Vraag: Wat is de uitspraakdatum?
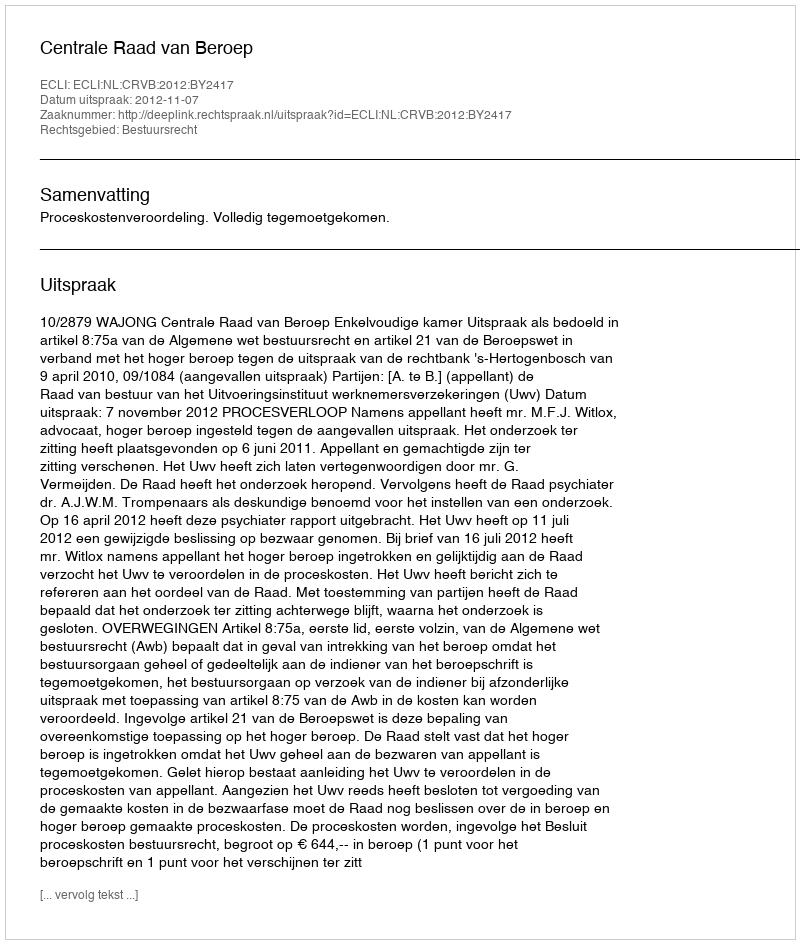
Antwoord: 2012-11-07